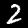
Digit: 2